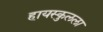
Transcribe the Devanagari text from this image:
हायस्कुलला